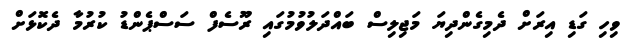
ވިހި ގަޑި އިރަށް ދެމިގެންދިޔަ މަޖިލިސް ބައްދަލުވުމުގައި ރޫސެފް ސަސްޕެންޑު ކުރުމާ ދެކޮޅަށް